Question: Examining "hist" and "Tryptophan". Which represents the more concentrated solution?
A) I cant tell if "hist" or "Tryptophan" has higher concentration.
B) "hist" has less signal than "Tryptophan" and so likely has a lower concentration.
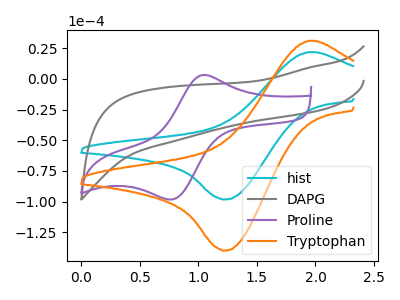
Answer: <think>The cyan curve "hist" has an anodic peak at (1.95V, 21.75uA) and a cathodic peak at (1.25V, -98.05uA). The gray curve "DAPG" has no peaks. The purple curve "Proline" has an anodic peak at (1.05V, 3.15uA) and a cathodic peak at (0.80V, -97.80uA). The orange curve "Tryptophan" has an anodic peak at (1.95V, 30.95uA) and a cathodic peak at (1.25V, -139.60uA).
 All the peaks in "hist" have a peak in "Tryptophan" at the same potential. Every peak in "hist" is lower than every peak in "Tryptophan".</think>
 <answer>B) "hist" has less signal than "Tryptophan" and so likely has a lower concentration.</answer>
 <eval>B</eval>